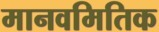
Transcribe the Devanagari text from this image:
मानवमितिक